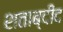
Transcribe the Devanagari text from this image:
शताब्दीद